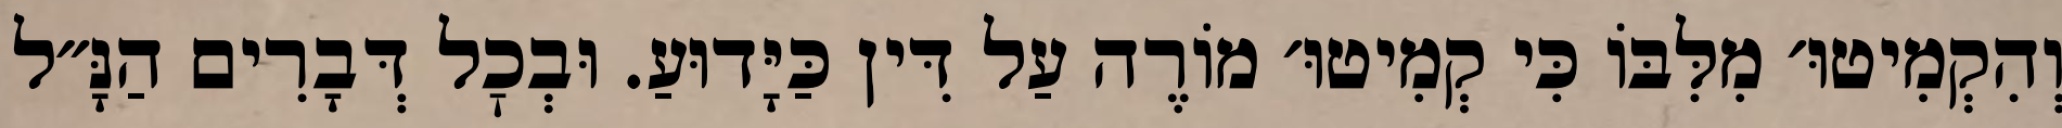
וְהִקְמִיטוּ׳ מִלִּבּוֹ כִּי קְמִיטוּ׳ מוֹרֶה עַל דִּין כַּיָּדוּעַ. וּבְכׇל דְּבָרִים הַנָּ״ל